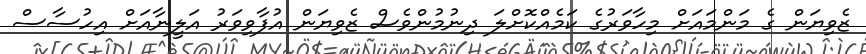
ޒެވިޔަން ގެ މަންމައަށް މިހާވަރުގެ ކަމެއްކޮށްލަ ދިނުމުންވެސް ޒެވިޔަން އުފާވިވަރު އަލީނާއަށް އިހުސާސް